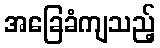
အခြေခံကျသည့်